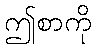
ဤစာကို